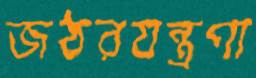
জঠরযন্ত্রণা